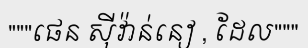
"""ផេន ស៊ីវ៉ាន់នៀ , ដែល"""